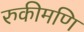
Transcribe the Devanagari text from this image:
रुकीमणि